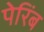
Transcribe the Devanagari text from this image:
पेरिंब